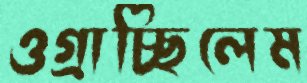
ওগ্‌রাচ্ছিলেম